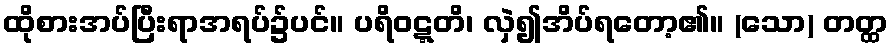
ထိုစားအပ်ပြီးရာအရပ်၌ပင်။ ပရိဝဋ္ဋတိ၊ လှဲ၍အိပ်ရတော့၏။ (သော) တတ္ထ